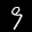
Label: 9